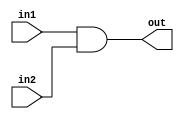
`timescale 1ns / 1ps

module AND (in1, in2, out);
    input [63:0] in1, in2;
    output [63:0] out;

    assign out = in1 & in2;
endmodule